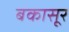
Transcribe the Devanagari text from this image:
बकासूर